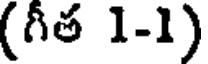
(గీత 1-1)